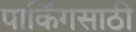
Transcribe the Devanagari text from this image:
पार्किंगसाठी